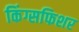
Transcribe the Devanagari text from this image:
किंग्सफिशर